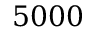
5 0 0 0